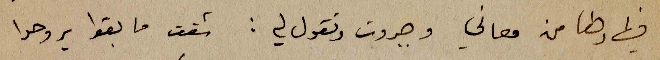
فيها رضا من معاني وجبروت وتقول لي : شفت ما بقوا يروحوا